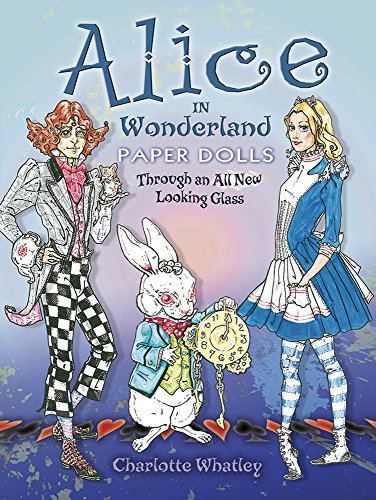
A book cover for Alice in Wonderland Paper Dolls: Through an All New Looking Glass (Dover Paper Dolls); Charlotte Whatley; Humor & Entertainment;